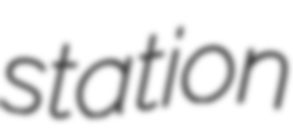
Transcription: station